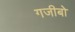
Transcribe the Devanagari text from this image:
गजीबो